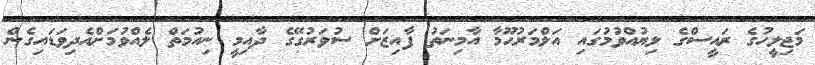
މަޖިލީހުގެ ރައީސްގެ ލިޔުއްވުމުގައި އަލްމަރުޙޫމާ އާމިނަތު ފާއިޒަށް ސުވަރުގޭގެ ދާއިމީ ނިއުމަތް ލެއްވުމަށްއެދިވަޑައިގެން